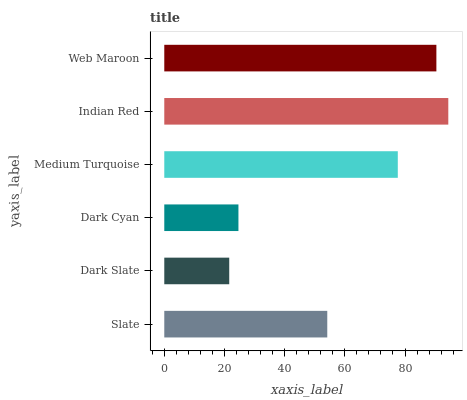
| yaxis_label | bars |
 | --- | --- |
 | Slate | 54.2 |
 | Dark Slate | 21.6 |
 | Dark Cyan | 24.6 |
 | Medium Turquoise | 77.6 |
 | Indian Red | 94.4 |
 | Web Maroon | 90.4 |